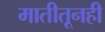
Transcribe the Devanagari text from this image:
मातीतूनही